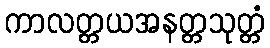
ကာလတ္တယအနတ္တသုတ္တံ